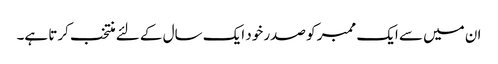
ان میں سے ایک ممبر کو صدر خود ایک سال کے لئے منتخب کرتا ہے۔